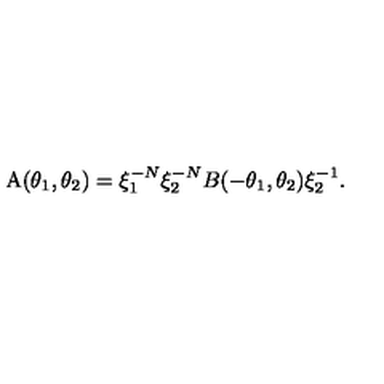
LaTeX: \mathrm { A } ( \theta _ { 1 } , \theta _ { 2 } ) = \xi _ { 1 } ^ { - N } \xi _ { 2 } ^ { - N } B ( - \theta _ { 1 } , \theta _ { 2 } ) \xi _ { 2 } ^ { - 1 } .